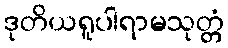
ဒုတိယရူပါရာမသုတ္တံ